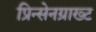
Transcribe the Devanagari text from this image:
प्रिन्सेनग्राख्ट